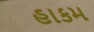
હાકમ